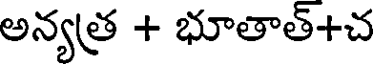
అన్యత్ర + భూతాత్+చ